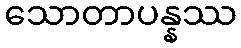
သောတာပန္နဿ